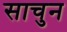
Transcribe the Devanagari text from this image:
साचुन